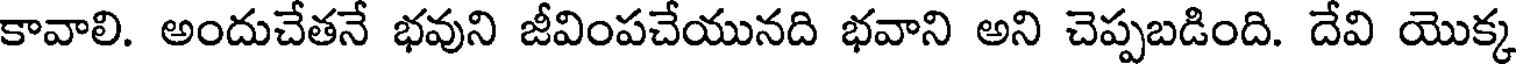
కావాలి. అందుచేతనే భవుని జీవింపచేయునది భవాని అని చెప్పబడింది. దేవి యొక్క